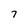
Character: 7